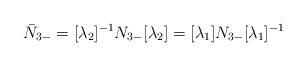
\begin{align*}\bar{N}_{3-}=[\lambda_{2}]^{-1}N_{3-}[\lambda_{2}]=[\lambda_{1}]N_{3-}[\lambda_{1}]^{-1}\end{align*}